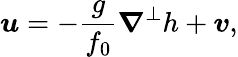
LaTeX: \boldsymbol{u}=-\frac{g}{f_{0}}\boldsymbol{\nabla}^{\perp}h+\boldsymbol{v},